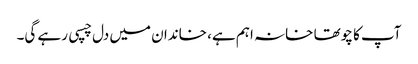
آپ کا چوتھا خانہ اہم ہے، خاندان میں دل چسپی رہے گی۔